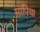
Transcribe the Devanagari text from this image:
सापिया